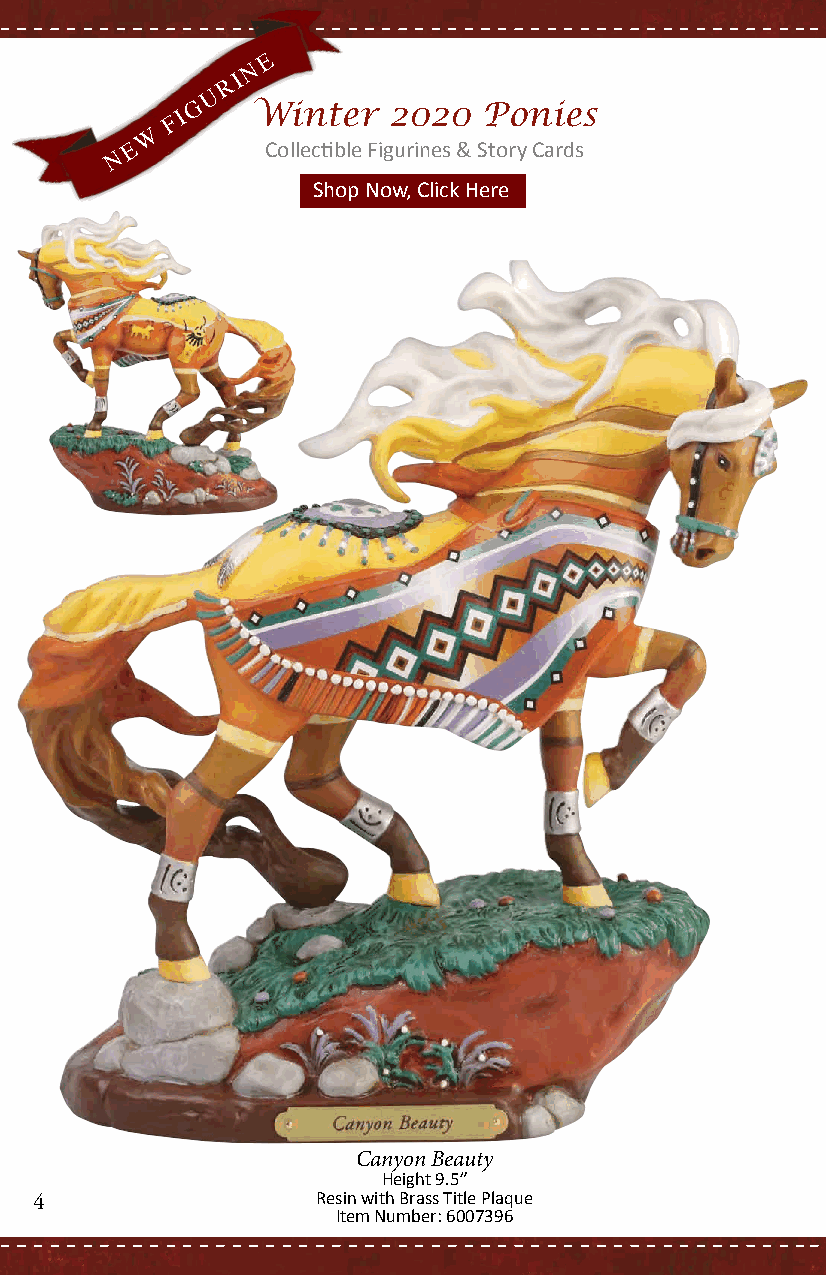
E
 N
 R I
 U
 G   Winter   2020  Ponies
 F I
 W
 E        Collectible Figurines & Story Cards
 N
 SShhoopp NNooww,, CClliicckk HHeerree
 Canyon Beauty
 Height 9.5”
 4                  Resin with Brass Title Plaque
 Item Number: 6007396